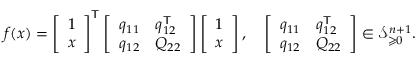
\begin{array} { r } { f ( x ) = \left[ \begin{array} { l } { 1 } \\ { x } \end{array} \right] ^ { \mathsf { T } } \left[ \begin{array} { l l } { q _ { 1 1 } } & { q _ { 1 2 } ^ { \mathsf { T } } } \\ { q _ { 1 2 } } & { Q _ { 2 2 } } \end{array} \right] \left[ \begin{array} { l } { 1 } \\ { x } \end{array} \right] , \quad \left[ \begin{array} { l l } { q _ { 1 1 } } & { q _ { 1 2 } ^ { \mathsf { T } } } \\ { q _ { 1 2 } } & { Q _ { 2 2 } } \end{array} \right] \in \mathcal { S } _ { \geqslant 0 } ^ { n + 1 } . } \end{array}